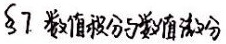
§7 数值积分与数值微分